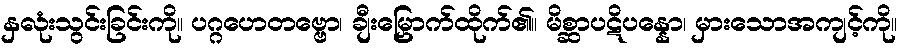
နှလုံးသွင်းခြင်းကို။ ပဂ္ဂဟေတဗ္ဗော၊ ချီးမြှောက်ထိုက်၏။ မိစ္ဆာပဋိပန္နော၊ မှားသောအကျင့်ကို။